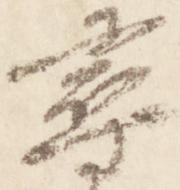
尋